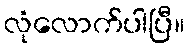
လုံလောက်ပါပြီ။